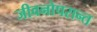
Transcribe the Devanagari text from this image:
जीवनोपरान्त